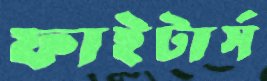
ফাইটার্স